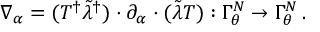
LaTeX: \nabla _ { \alpha } = ( T ^ { \dagger } \tilde { \lambda } ^ { \dagger } ) \cdot \partial _ { \alpha } \cdot ( \tilde { \lambda } T ) : \Gamma _ { \theta } ^ { N } \to \Gamma _ { \theta } ^ { N } \, .